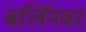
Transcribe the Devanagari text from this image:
बर्लिनवर